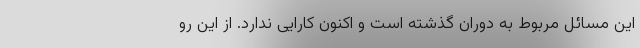
این مسائل مربوط به دوران گذشته است و اکنون کارایی ندارد. از این رو